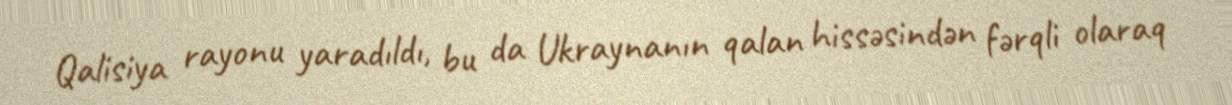
Qalisiya rayonu yaradıldı, bu da Ukraynanın qalan hissəsindən fərqli olaraq